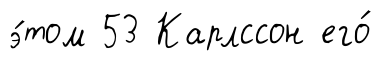
э́том 53 Карлссон его́